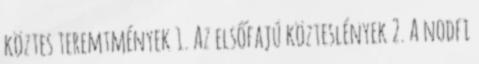
köztes teremtmények 1. Az elsőfajú közteslények 2. A nodfi